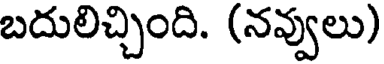
బదులిచ్చింది. (నవ్వులు)